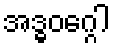
အဒ္ဓဝဂ္ဂေါ